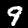
Digit: 9